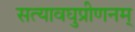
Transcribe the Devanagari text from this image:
सत्यावघुप्रीणनम्